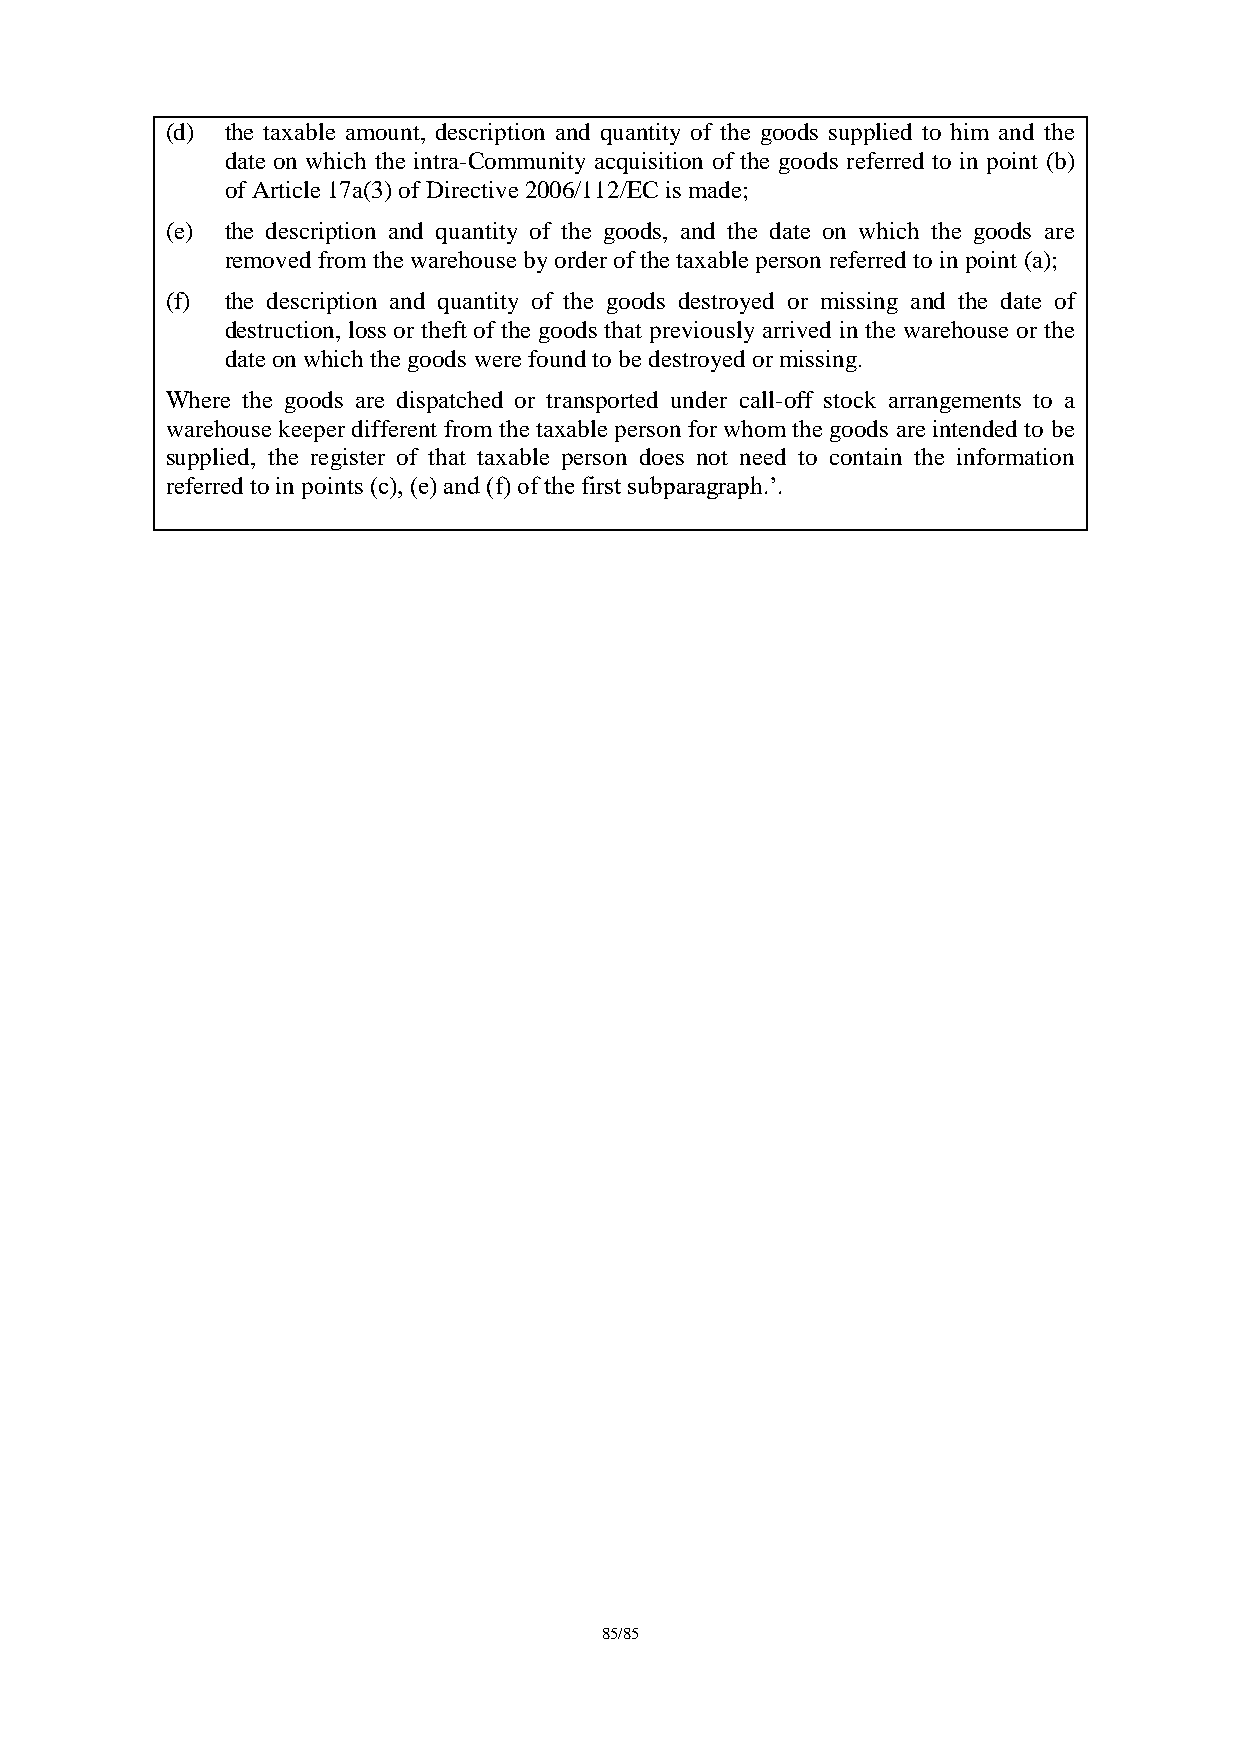
(d) the taxable amount, description and quantity of the goods supplied to him and the
 date on which the intra-Community acquisition of the goods referred to in point (b)
 of Article 17a(3) of Directive 2006/112/EC is made;
 (e) the description and quantity of the goods, and the date on which the goods are
 removed from the warehouse by order of the taxable person referred to in point (a);
 (f) the description and quantity of the goods destroyed or missing and the date of
 destruction, loss or theft of the goods that previously arrived in the warehouse or the
 date on which the goods were found to be destroyed or missing.
 Where the goods are dispatched or transported under call-off stock arrangements to a
 warehouse keeper different from the taxable person for whom the goods are intended to be
 supplied, the register of that taxable person does not need to contain the information
 referred to in points (c), (e) and (f) of the first subparagraph.’.
 85/85